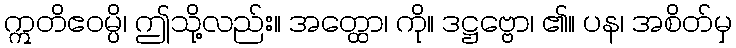
ဣတိဧဝမ္ပိ၊ ဤသို့လည်း။ အတ္ထော၊ ကို။ ဒဋ္ဌဗ္ဗော၊ ၏။ ပန၊ အစိတ်မှ